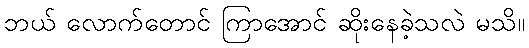
ဘယ် လောက်တောင် ကြာအောင် ဆိုးနေခဲ့သလဲ မသိ။